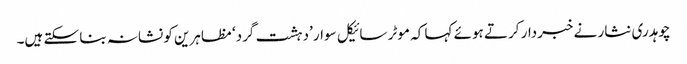
چوہدری نثار نے خبردار کرتے ہوئے کہا کہ موٹر سائیکل سوار ’دہشت گرد‘ مظاہرین کو نشانہ بنا سکتے ہیں۔